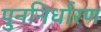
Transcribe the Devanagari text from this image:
पुननिर्धारण